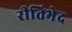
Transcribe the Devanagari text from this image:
रीतिभेद